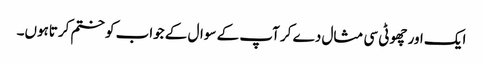
ایک اور چھوٹی سی مثال دے کر آپ کے سوال کے جواب کو ختم کرتاہوں۔